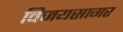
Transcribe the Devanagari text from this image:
विजयसागर